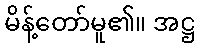
မိန့်တော်မူ၏။ အဋ္ဌ